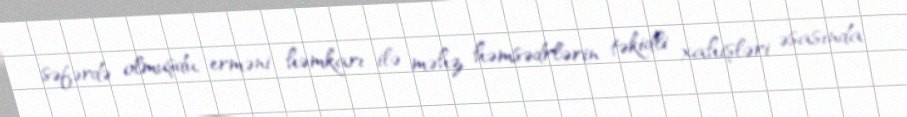
səfərdə olmuşdu, erməni həmkarı ilə məhz həmsədrlərin təkidli xahişləri əsasında